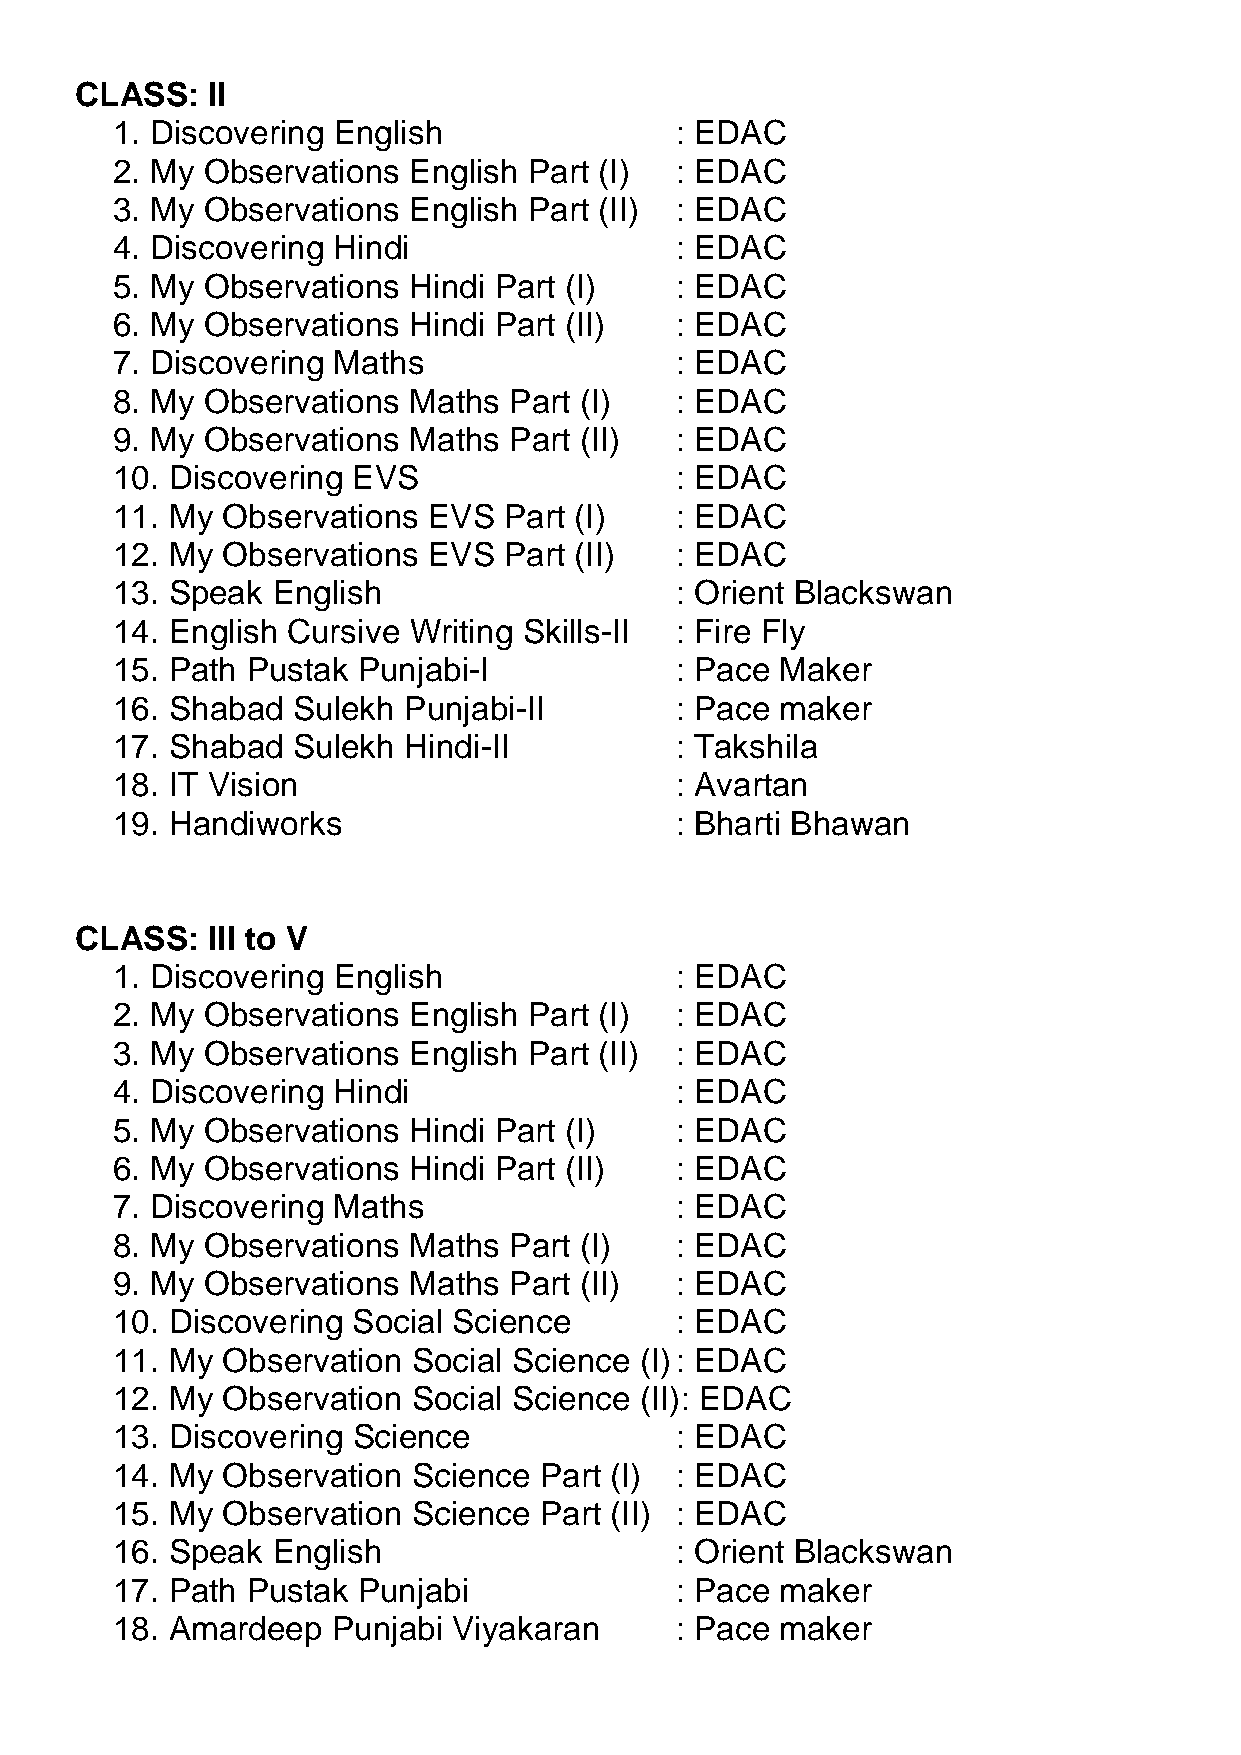
CLASS:   II
 1. Discovering English                : EDAC
 2. My Observations  English Part (I)  : EDAC
 3. My Observations  English Part (II) : EDAC
 4. Discovering Hindi                  : EDAC
 5. My Observations  Hindi Part (I)    : EDAC
 6. My Observations  Hindi Part (II)   : EDAC
 7. Discovering Maths                  : EDAC
 8. My Observations  Maths  Part (I)   : EDAC
 9. My Observations  Maths  Part (II)  : EDAC
 10. Discovering EVS                   : EDAC
 11. My  Observations EVS  Part (I)    : EDAC
 12. My  Observations EVS  Part (II)   : EDAC
 13. Speak  English                    : Orient Blackswan
 14. English Cursive Writing Skills-II : Fire Fly
 15. Path Pustak  Punjabi-I            : Pace Maker
 16. Shabad  Sulekh  Punjabi-II        : Pace maker
 17. Shabad  Sulekh  Hindi-II          : Takshila
 18. IT Vision                         : Avartan
 19. Handiworks                        : Bharti Bhawan
 CLASS:   III to V
 1. Discovering English                : EDAC
 2. My Observations  English Part (I)  : EDAC
 3. My Observations  English Part (II) : EDAC
 4. Discovering Hindi                  : EDAC
 5. My Observations  Hindi Part (I)    : EDAC
 6. My Observations  Hindi Part (II)   : EDAC
 7. Discovering Maths                  : EDAC
 8. My Observations  Maths  Part (I)   : EDAC
 9. My Observations  Maths  Part (II)  : EDAC
 10. Discovering Social Science        : EDAC
 11. My  Observation Social Science (I) : EDAC
 12. My  Observation Social Science (II): EDAC
 13. Discovering Science               : EDAC
 14. My  Observation Science  Part (I) : EDAC
 15. My  Observation Science  Part (II) : EDAC
 16. Speak  English                    : Orient Blackswan
 17. Path Pustak  Punjabi              : Pace maker
 18. Amardeep   Punjabi Viyakaran      : Pace maker